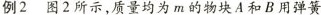
例2 图2所示，质量均为m的物块A和B用弹簧